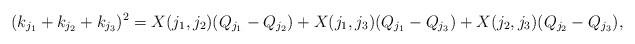
LaTeX: \begin{align*}(k_{j_1}+k_{j_2}+k_{j_3})^2=X(j_1, j_2)(Q_{j_1}-Q_{j_2})+X(j_1, j_3)(Q_{j_1}-Q_{j_3})+X(j_2, j_3)(Q_{j_2}-Q_{j_3}),\end{align*}